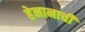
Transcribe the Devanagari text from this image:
हेनानाची